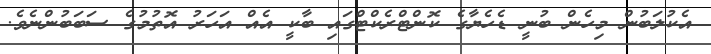
އެކުލަބުން މިހެން ބުނީ ޑެހެޔާގެ ކޮންޓްރެކްޓްގައި ބާކީ އެއް އަހަރު އޮތުމުގެ ސަބަބުންނެވެ.